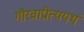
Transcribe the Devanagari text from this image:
गौरवाप्रीत्ययर्थ